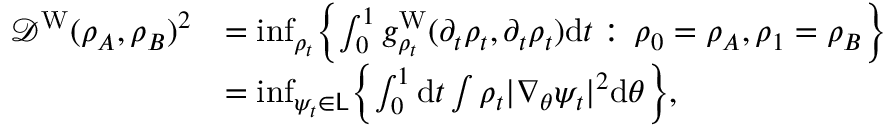
\begin{array} { r l } { \mathcal { D } ^ { \mathrm { W } } ( \rho _ { A } , \rho _ { B } ) ^ { 2 } } & { = \operatorname* { i n f } _ { \rho _ { t } } \Bigl \{ \int _ { 0 } ^ { 1 } g _ { \rho _ { t } } ^ { \mathrm { W } } ( \partial _ { t } { \rho } _ { t } , \partial _ { t } { \rho } _ { t } ) \mathrm { d } t : \, \rho _ { 0 } = \rho _ { A } , \rho _ { 1 } = \rho _ { B } \Bigr \} } \\ & { = \operatorname* { i n f } _ { \psi _ { t } \in \mathsf { L } } \Bigl \{ \int _ { 0 } ^ { 1 } \mathrm { d } t \int \rho _ { t } | \nabla _ { \theta } \psi _ { t } | ^ { 2 } \mathrm { d } \theta \Bigr \} , } \end{array}